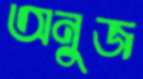
অনুজ